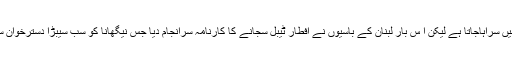
میزبانی کے لئے لبنانیوں کے جذبے کودنیا بھر میں سراہاجاتا ہے لیکن ا س بار لبنان کے باسیوں نے افطار ٹیبل سجانے کا کارنامہ سرانجام دیا جس نیگھانا کو سب سیبڑا دسترخوان سجانے کے عالمی ریکارڈ سے بھی محروم کردیا۔